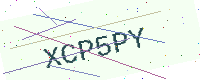
Text: XCP5PY